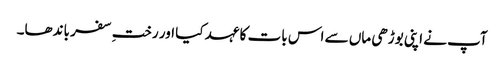
آپ نے اپنی بوڑھی ماں سے اس بات کا عہد کیا اور رختِ سفر باندھا۔